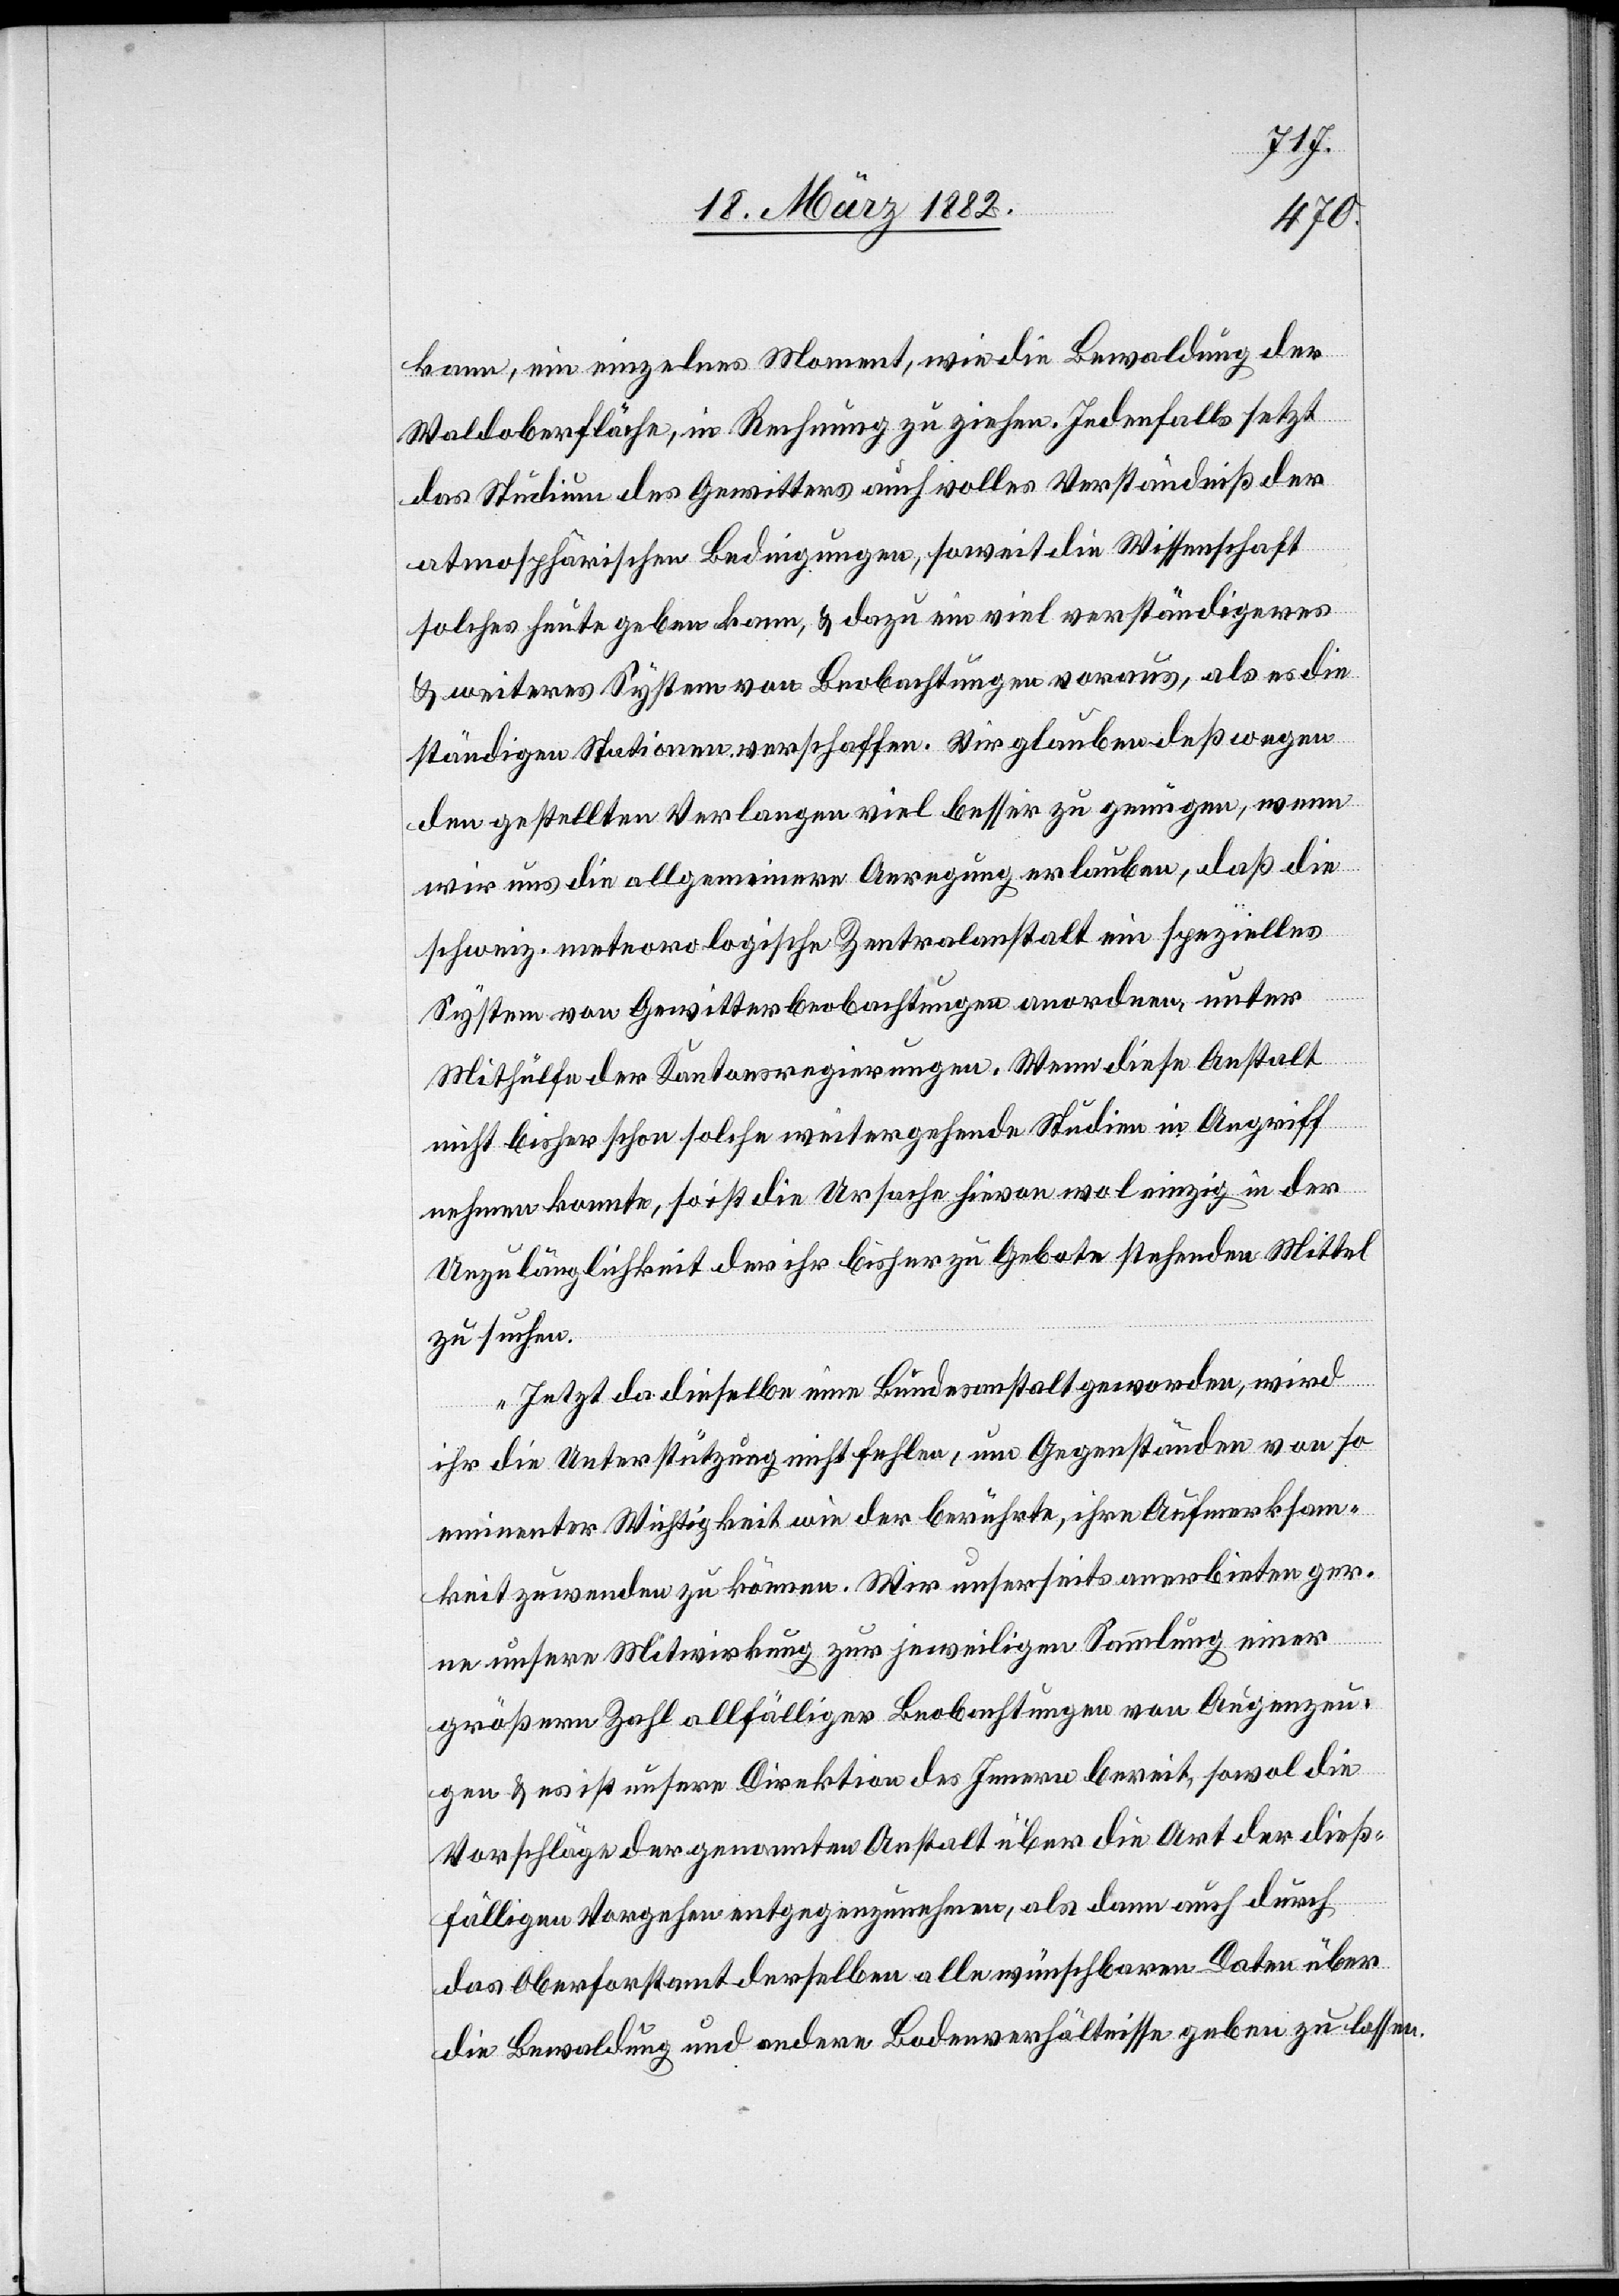
kann, ein einzelnes Moment, wie die Bewaldung der
Waldoberfläche, in Rechnung zu ziehen. Jedenfalls setzt
das Studium des Gewitters auch volles Verständniß der
atmosphärischen Bedingungen, soweit die Wissenschaft
solches heute geben kann, & dazu ein viel verständigeres
& weiteres System von Beobachtungen voraus, als es die
ständigen Stationen verschaffen. Wir glauben deßwegen
den gestellten Verlangen viel besser zu genügen, wenn
wir uns die allgemeinere Anregung erlauben, daß die
schweiz. meteorologische Zentralanstalt ein spezielles
System von Gewitterbeobachtungen anordne, unter
Mithülfe der Kantonsregierungen. Wenn diese Anstalt
nicht bisher schon solche weitergehenden Studien in Angriff
nehmen konnte, so ist die Ursache hievon wol einzig in der
Unzulänglichkeit der ihr bisher zu Gebote stehenden Mittel
zu suchen.
Jetzt da dieselbe eine Bundesanstalt geworden, wird
ihr die Unterstützung nicht fehlen, um Gegenstände von so
eminenter Wichtigkeit wie der berührte, ihre Aufmerksam¬
keit zuwenden zu können. Wir unserseits anerbieten ger¬
ne unsere Mitwirkung zur jeweiligen Sammlung einer
größeren Zahl allfälliger Beobachtungen von Augenzeu¬
gen & es ist unsere Direktion des Innern bereit, sowol die
Vorschläge der genannten Anstalt über die Art der dieß¬
fälligen Vorgehen entgegenzunehmen, als dann auch über
die Bewaldung und andere Bodenverhältnisse geben zu lassen.